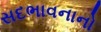
સદભાવનાનો